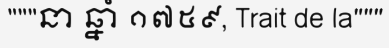
"""នា ឆ្នាំ ១៧៥៩, Trait de la"""